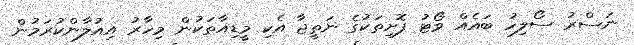
ނަސްރު ސޯލިހު ބައެއް ވޯޓު ފޮށިތަކުގެ ނަތީޖާ އެކި މީޑިއާތަކުން މިހާރު އިއުލާންކުރަމުން